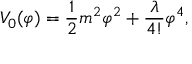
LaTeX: V _ { 0 } ( \varphi ) = \frac { 1 } { 2 } m ^ { 2 } \varphi ^ { 2 } + \frac { \lambda } { 4 ! } \varphi ^ { 4 } ,